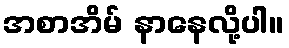
အစာအိမ် နာနေလို့ပါ။